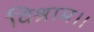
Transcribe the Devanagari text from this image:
विश्राम।।